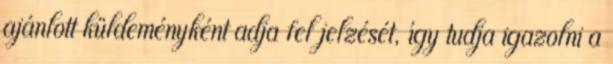
ajánlott küldeményként adja fel jelzését, így tudja igazolni a